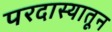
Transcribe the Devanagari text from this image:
परदास्यातून